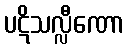
ပဋိသလ္လီဏော